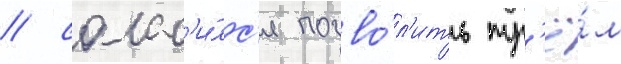
/ соглас'и́лс'я позво́л'ить тр'ё́м